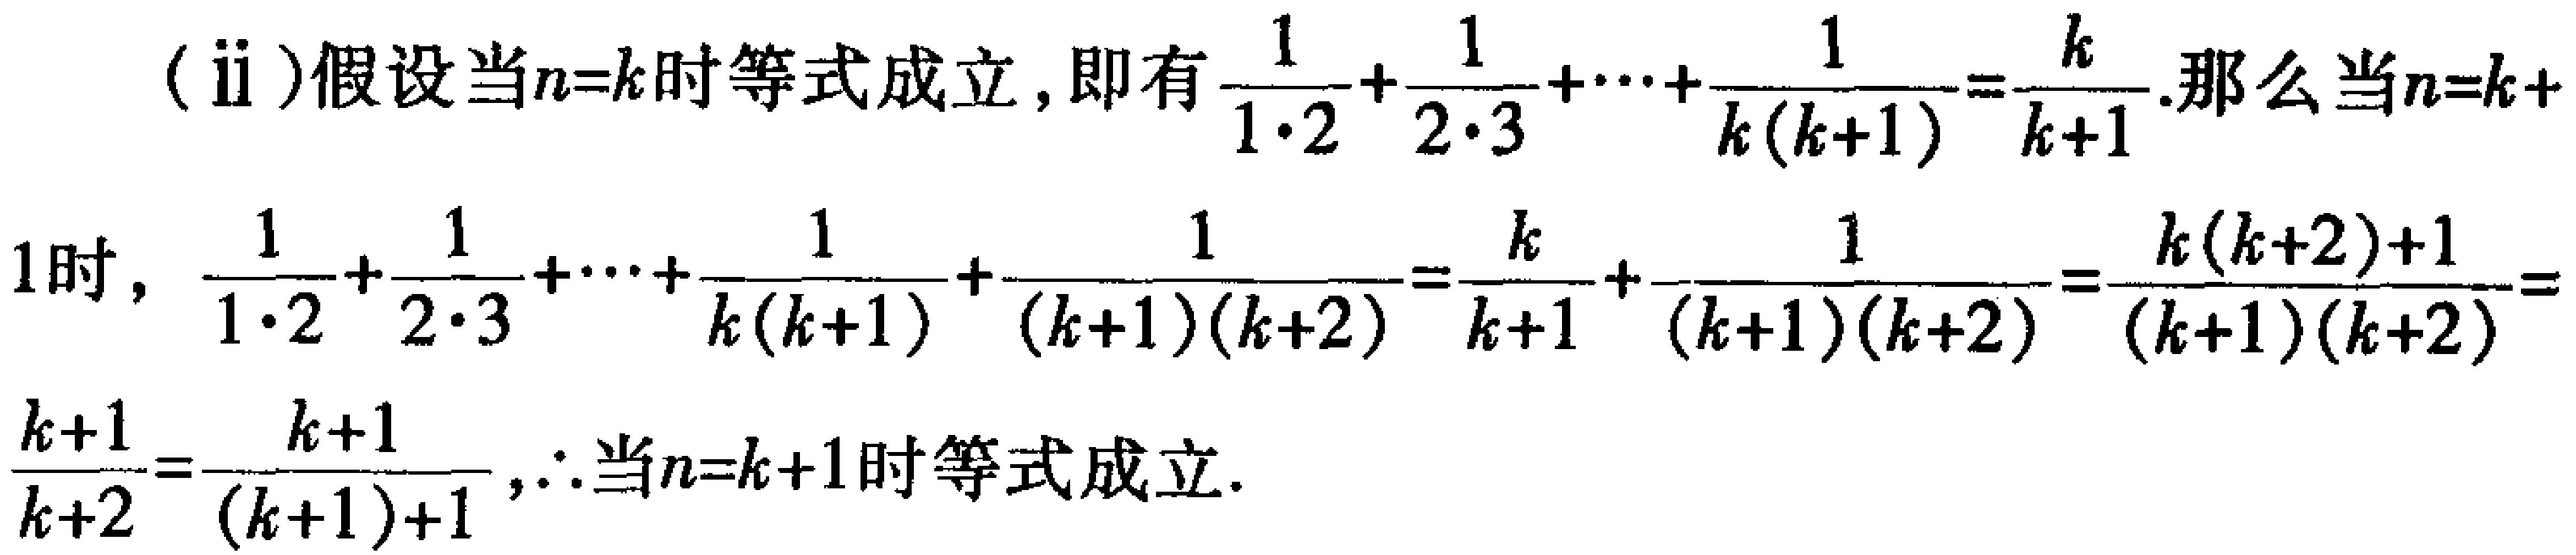
(ii)假设当\(n = k\)时等式成立，即有\(\frac{1}{1\cdot2}+\frac{1}{2\cdot3}+\cdots+\frac{1}{k(k + 1)}=\frac{k}{k + 1}\).那么当\(n=k + 1\)时，\(\frac{1}{1\cdot2}+\frac{1}{2\cdot3}+\cdots+\frac{1}{k(k + 1)}+\frac{1}{(k + 1)(k + 2)}=\frac{k}{k + 1}+\frac{1}{(k + 1)(k + 2)}=\frac{k(k + 2)+1}{(k + 1)(k + 2)}=\frac{k + 1}{k + 2}=\frac{k + 1}{(k + 1)+1}\)，\(\therefore\)当\(n = k + 1\)时等式成立.